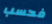
فحسب